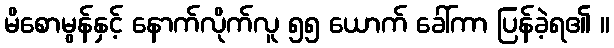
မိစောမွန်နှင့် နောက်လိုက်လူ ၅၅ ယောက် ခေါ်ကာ ပြန်ခဲ့ရ၏ ။